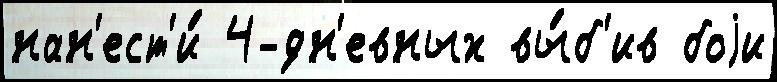
нан'ест'и́ 4-дн'евных вы́б'ив боjи